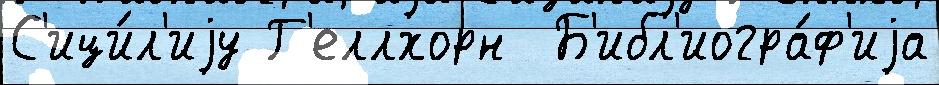
С'ици́л'иjу Г'еллхорн  Б'ибл'иогра́ф'иjа